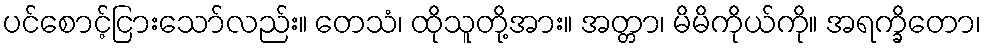
ပင်စောင့်ငြားသော်လည်း။ တေသံ၊ ထိုသူတို့အား။ အတ္တာ၊ မိမိကိုယ်ကို။ အရက္ခိတော၊